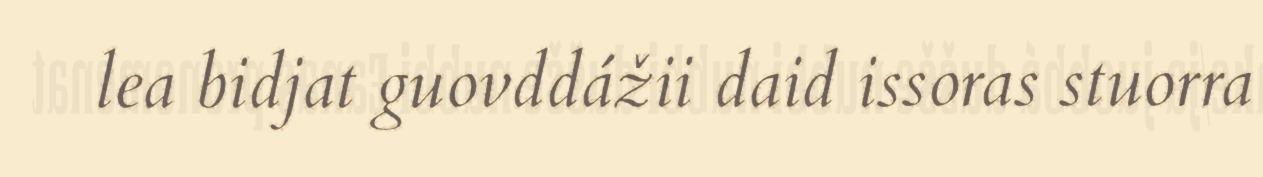
lea bidjat guovddážii daid issoras stuorra